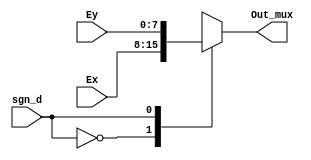
    
module Mux(
	//input wire       CLK,
    input wire [7:0] Ex, 
    input wire [7:0] Ey,
    input wire  sgn_d, // d is sign of d 
	output reg[7:0] Out_mux
    );
always@(*) 
  begin      
		case(sgn_d)       
			1'b0 	: Out_mux = Ex ; // sign of subtraction is pos
			1'b1 	: Out_mux = Ey ; // sign of subtraction is neg
			default : Out_mux = Ex ; // check
			
		endcase
  end
endmodule